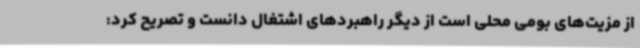
از مزیت‌های بومی محلی است از دیگر راهبردهای اشتغال دانست و تصریح کرد: